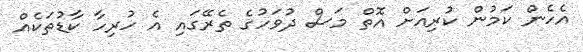
އެހެން ކަމުން ކުރިއަށް އޮތް މަސް ދުވަހުގެ ތެރޭގައި އެ ހުރިހާ ކާޑުތަކެއް